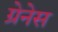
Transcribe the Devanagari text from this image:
ग्रेनेस